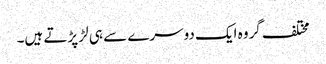
مختلف گروہ ایک دوسرے سے ہی لڑ پڑتے ہیں۔